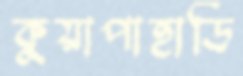
কুয়াপাহাড়ি